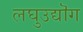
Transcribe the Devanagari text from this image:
लघुउद्यॊग